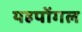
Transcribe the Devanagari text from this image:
यहपोंगल